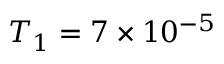
T _ { 1 } = 7 \times 1 0 ^ { - 5 }